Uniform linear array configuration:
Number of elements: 64
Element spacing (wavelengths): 1
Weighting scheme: hann
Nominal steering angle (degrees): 15
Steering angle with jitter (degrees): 16.66
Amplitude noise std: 0.05
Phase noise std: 0.05

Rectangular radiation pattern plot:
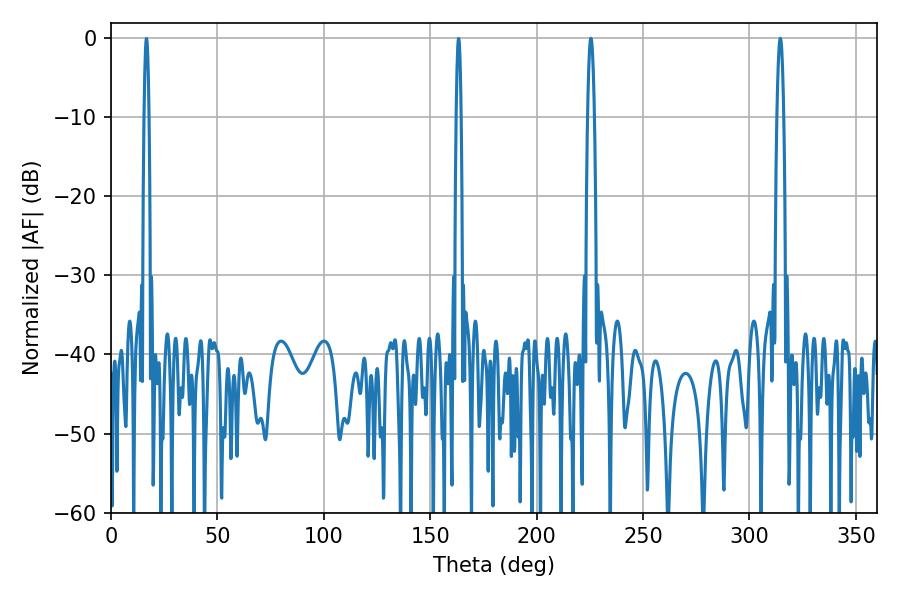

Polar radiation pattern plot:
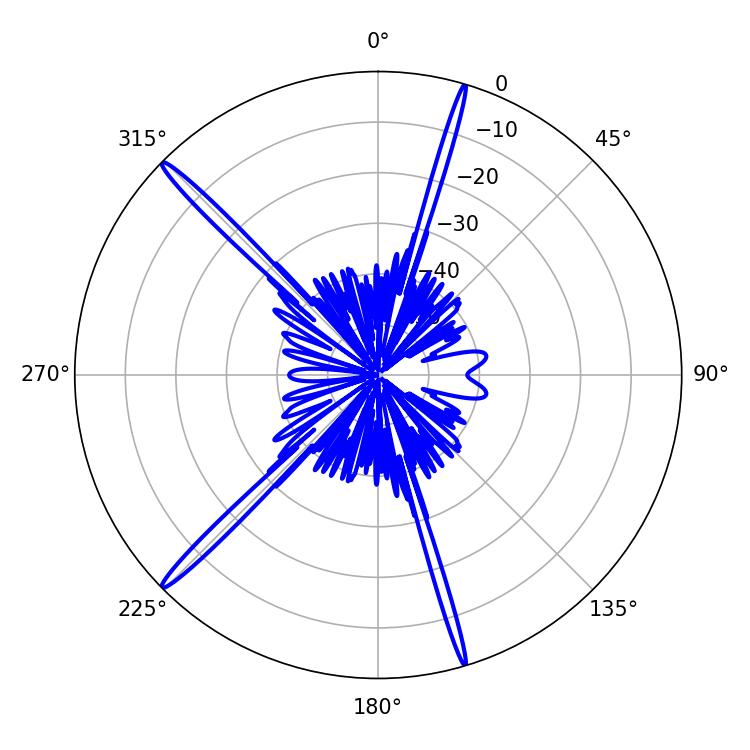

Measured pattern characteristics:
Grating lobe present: TRUE
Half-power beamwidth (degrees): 1.8
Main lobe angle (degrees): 314.46